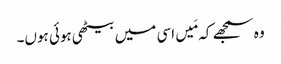
وہ سمجھے کہ مَیں اسی میں بیٹھی ہوئی ہوں۔